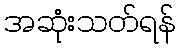
အဆုံးသတ်ရန်